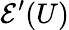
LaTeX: {\mathcal{E}}^{\prime}(U)